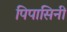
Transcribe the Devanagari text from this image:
पिपासिनी